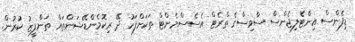
ޑިފެންސް އިންޓެލިޖެންސް ސާވިސްގެ ތްރެޓް އެސެސްމެންޓް ތަކަށްފަހު ދޭ ރިކޮމެންޑޭޝަންތައް ތަންފީޒު ކުރުން.